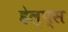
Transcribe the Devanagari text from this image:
हेल्प्स